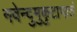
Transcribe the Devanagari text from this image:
नवेन्दुमुकुटाभातं